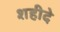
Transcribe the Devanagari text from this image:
शहीदे